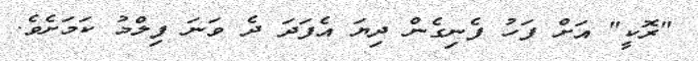
"ރޮކީ" އަށް ފަހު ފެނިގެން ދިޔަ އެފަދަ ދެ ވަނަ ފިލްމު ކަމަށެވެ.